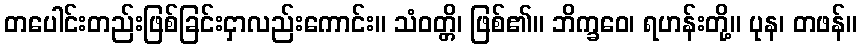
တပေါင်းတည်းဖြစ်ခြင်းငှာလည်းကောင်း။ သံဝတ္တိ၊ ဖြစ်၏။ ဘိက္ခဝေ၊ ရဟန်းတို့။ ပုန၊ တဖန်။